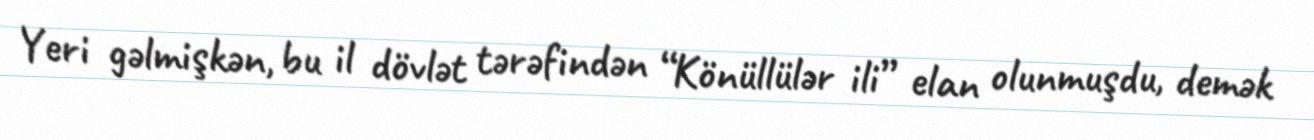
Yeri gəlmişkən, bu il dövlət tərəfindən “Könüllülər ili” elan olunmuşdu, demək